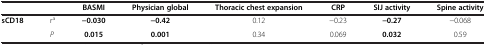
<table><thead><tr><td colspan="2">[EMPTY_CELL]</td><td><b>BASMI</b></td><td><b>Physician global</b></td><td><b>Thoracic chest expansion</b></td><td><b>CRP</b></td><td><b>SIJ activity</b></td><td><b>Spine activity</b></td></tr></thead><tbody><tr><td><b>sCD18</b></td><td>r<sup>a</sup></td><td><b>-0.030</b></td><td><b>-0.42</b></td><td>0.12</td><td>-0.23</td><td><b>-0.27</b></td><td>-0.068</td></tr><tr><td>[EMPTY_CELL]</td><td><i>P</i></td><td><b>0.015</b></td><td><b>0.001</b></td><td>0.34</td><td>0.069</td><td><b>0.032</b></td><td>0.59</td></tr></tbody></table>